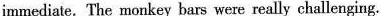
immediate. The monkey bars were really challenging.